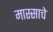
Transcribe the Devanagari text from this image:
मास्साचे